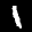
Label: 1